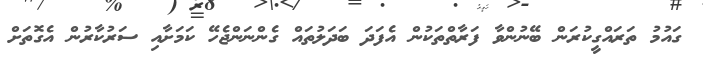
ގައުމު ތަރައްގީކުރަން ބޭނުންވާ ފަރާތްތަކުން އެފަދަ ބަދަލުތައް ގެންނަންޖެހޭ ކަމަށާއި ސަރުކާރުން އެގޮތަށް